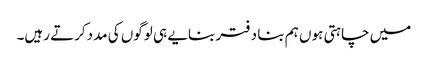
میں چاہتی ہوں ہم بنا دفتر بنایے ہی لوگوں کی مددکرتے رہیں۔